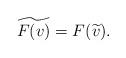
LaTeX: \begin{align*}\widetilde{F(v)} = F(\widetilde{v}).\end{align*}